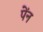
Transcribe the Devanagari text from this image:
पेंन